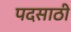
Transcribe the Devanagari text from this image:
पदसाठी